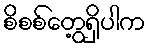
စိစစ်တွေ့ရှိပါက